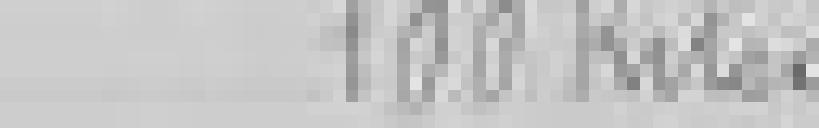
100 kilogrammes